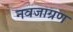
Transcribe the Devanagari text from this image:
नवजाग्रण